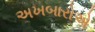
અખબારોએ